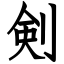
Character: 剣